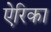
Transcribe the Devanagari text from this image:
ऐरिका